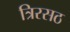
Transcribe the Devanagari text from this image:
त्रिरसठ